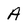
Character: A